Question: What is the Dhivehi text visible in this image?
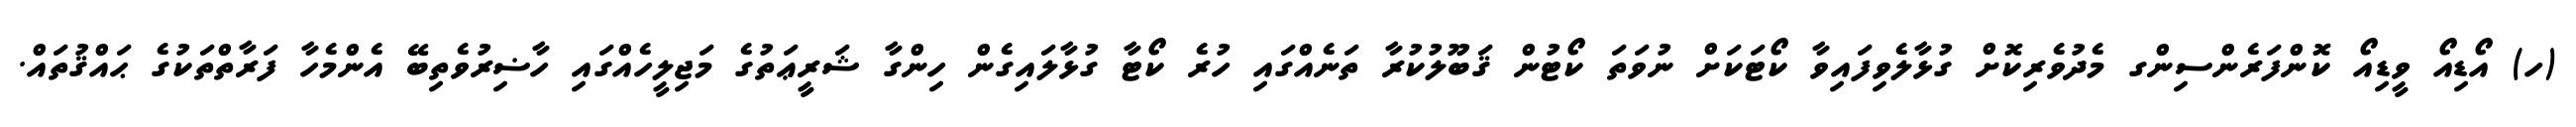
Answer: (ހ) އޯޑިއޯ ވީޑިއޯ ކޮންފަރެންސިންގ މެދުވެރިކޮށް ގުޅާލެވިފައިވާ ކޯޓަކަށް ނުވަތަ ކޯޓުން ޤަބޫލުކުރާ ތަނެއްގައި ހުރެ ކޯޓާ ގުޅާލައިގެން ހިންގާ ޝަރީޢަތުގެ މަޖިލީހެއްގައި ހާޟިރުވެތިބޭ އެންމެހާ ފަރާތްތަކުގެ ޙައްޤުތައް.